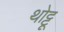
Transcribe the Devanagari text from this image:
थोट्टू